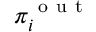
\pi _ { i } ^ { \mathrm { ~ o ~ u ~ t ~ } }